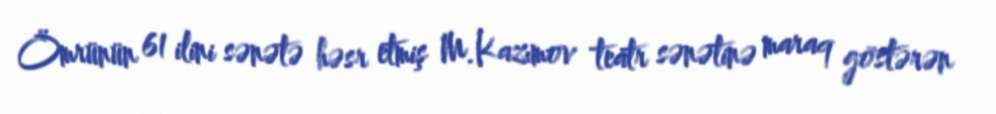
Ömrünün 61 ilini sənətə həsr etmiş M.Kazımov teatr sənətinə maraq göstərən